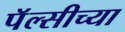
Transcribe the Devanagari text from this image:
पॅल्सीच्या